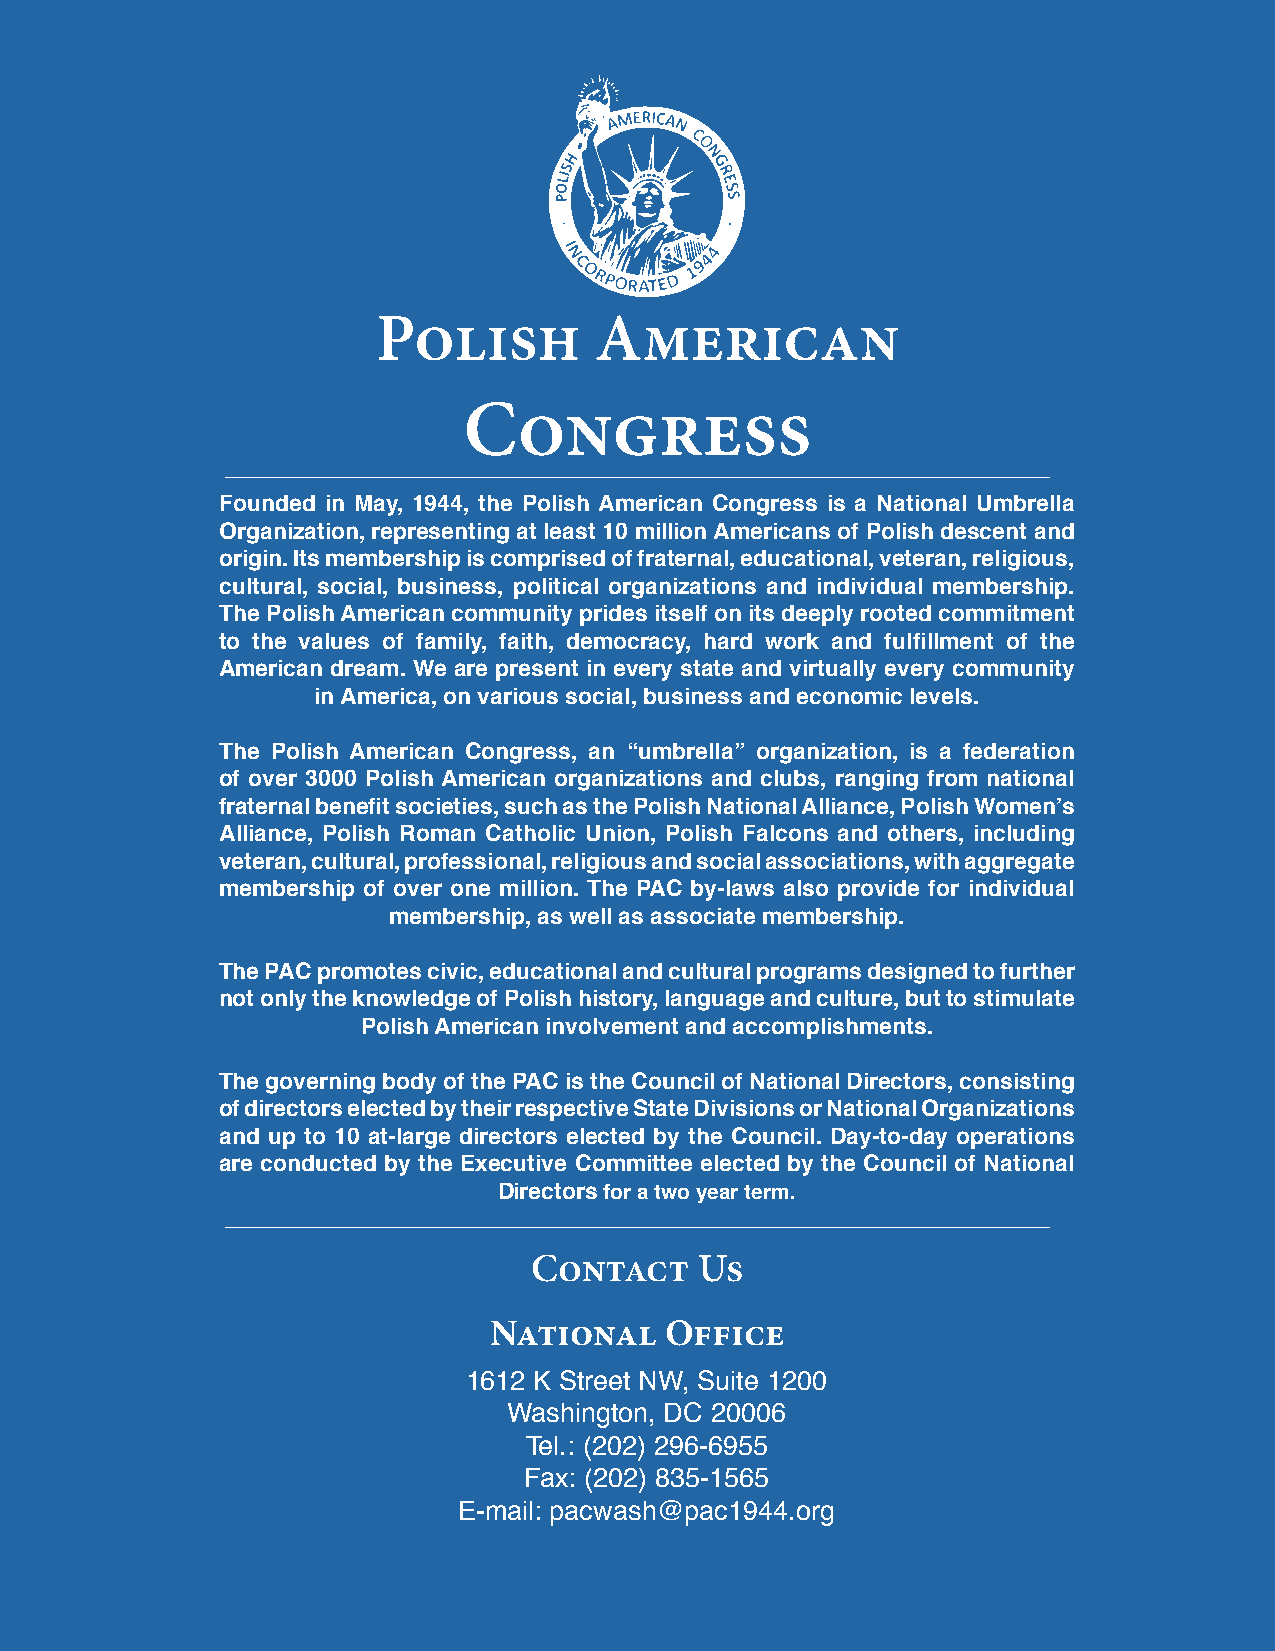
Polish        American
 Congress
 Founded in May, 1944, the Polish American Congress is a National Umbrella
 Organization, representing at least 10 million Americans of Polish descent and
 origin. Its membership is comprised of fraternal, educational, veteran, religious,
 cultural, social, business, political organizations and individual membership.
 The Polish American community prides itself on its deeply rooted commitment
 to the values of family, faith, democracy, hard work and fulfillment of the
 American dream. We are present in every state and virtually every community
 in America, on various social, business and economic levels.
 The Polish American Congress, an “umbrella” organization, is a federation
 of over 3000 Polish American organizations and clubs, ranging from national
 fraternal benefit societies, such as the Polish National Alliance, Polish Women’s
 Alliance, Polish Roman Catholic Union, Polish Falcons and others, including
 veteran, cultural, professional, religious and social associations, with aggregate
 membership of over one million. The PAC by-laws also provide for individual
 membership, as well as associate membership.
 The PAC promotes civic, educational and cultural programs designed to further
 not only the knowledge of Polish history, language and culture, but to stimulate
 Polish American involvement and accomplishments.
 The governing body of the PAC is the Council of National Directors, consisting
 of directors elected by their respective State Divisions or National Organizations
 and up to 10 at-large directors elected by the Council. Day-to-day operations
 are conducted by the Executive Committee elected by the Council of National
 Directors for a two year term.
 Contact    Us
 National    Office
 1612 K Street NW, Suite 1200
 Washington, DC 20006
 Tel.: (202) 296-6955
 Fax: (202) 835-1565
 E-mail: pacwash@pac1944.org